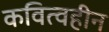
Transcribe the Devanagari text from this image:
कवित्वहीन